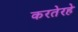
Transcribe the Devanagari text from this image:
करतेरहे